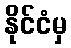
နိုင်ငံမှ